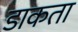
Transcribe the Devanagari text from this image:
डाकता